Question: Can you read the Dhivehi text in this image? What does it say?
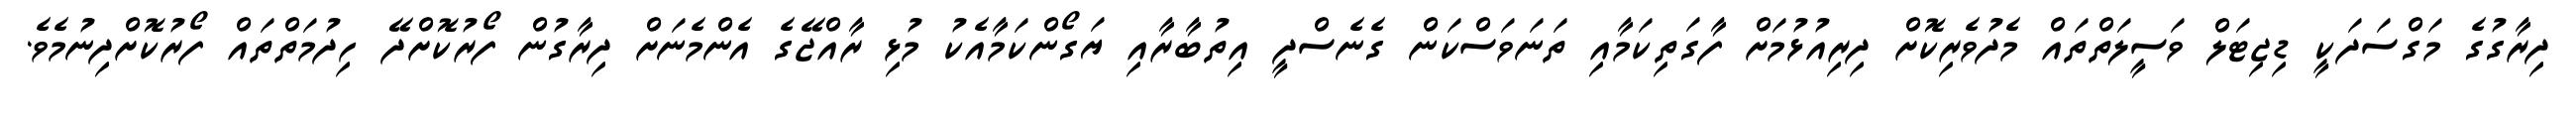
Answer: ދިރާގުގެ މަގްސަދަކީ ޑިޖިޓަލް ވަސީލަތްތައް މެދުވެރިކޮށް ދިރިއުޅުމަށް ފާގަތިކަމާއި ތަނަވަސްކަން ގެނެސްދީ އިތުބާރާއި ޔަގޯންކަމާއެކު މުޅި ރާއްޖޭގެ އެންމެނަށް ދިރާގުން ފޯރުކޮށްދޭ ހިދުމަތްތައް ފޯރުކޮށްދިނުމެވެ.